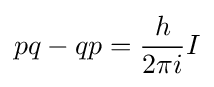
pq-qp={h \over 2\pi i}I